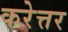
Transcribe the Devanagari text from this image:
करेत्तर